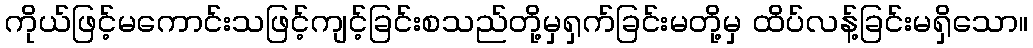
ကိုယ်ဖြင့်မကောင်းသဖြင့်ကျင့်ခြင်းစသည်တို့မှရှက်ခြင်းမတို့မှ ထိပ်လန့်ခြင်းမရှိသော။